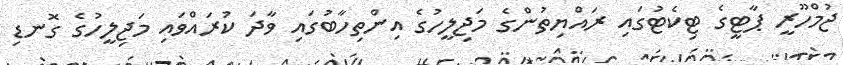
ޖުމްހޫރީ ޕާޓީގެ ޓިކެޓުގައި ރައްޔިތުންގެ މަޖިލީހުގެ އިންތިހާބުގައި ވާދަ ކުރައްވައި މަޖިލީހުގެ ގޮނޑި